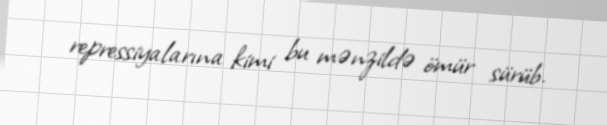
repressiyalarına kimi bu mənzildə ömür sürüb.